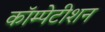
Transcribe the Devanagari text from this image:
कॉम्पेटीशन